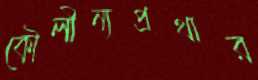
কৌলীন্যপ্রথার